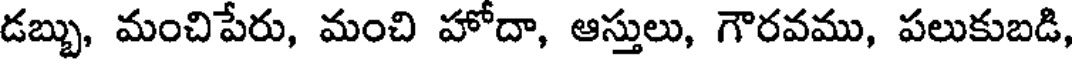
డబ్బు, మంచిపేరు, మంచి హోదా, ఆస్తులు, గౌరవము, పలుకుబడి,